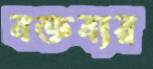
বক্তব্যর